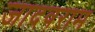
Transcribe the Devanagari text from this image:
जादवराम